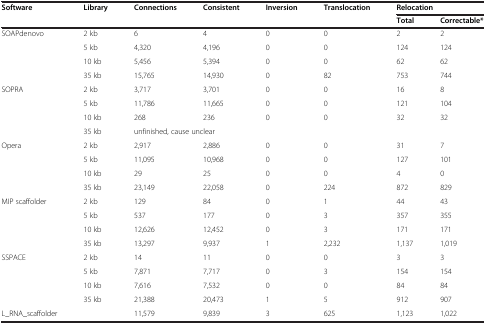
<table><thead><tr><td rowspan="2"><b>Software</b></td><td rowspan="2"><b>Library</b></td><td rowspan="2"><b>Connections</b></td><td rowspan="2"><b>Consistent</b></td><td><b>Inversion</b></td><td><b>Translocation</b></td><td colspan="2"><b>Relocation</b></td></tr><tr><td><b> </b></td><td><b> </b></td><td><b>Total</b></td><td><b>Correctable*</b></td></tr></thead><tbody><tr><td rowspan="4">SOAPdenovo</td><td>2 kb</td><td>6</td><td>4</td><td>0</td><td>0</td><td>2</td><td>2</td></tr><tr><td>5 kb</td><td>4,320</td><td>4,196</td><td>0</td><td>0</td><td>124</td><td>124</td></tr><tr><td>10 kb</td><td>5,456</td><td>5,394</td><td>0</td><td>0</td><td>62</td><td>62</td></tr><tr><td>35 kb</td><td>15,765</td><td>14,930</td><td>0</td><td>82</td><td>753</td><td>744</td></tr><tr><td rowspan="4">SOPRA</td><td>2 kb</td><td>3,717</td><td>3,701</td><td>0</td><td>0</td><td>16</td><td>8</td></tr><tr><td>5 kb</td><td>11,786</td><td>11,665</td><td>0</td><td>0</td><td>121</td><td>104</td></tr><tr><td>10 kb</td><td>268</td><td>236</td><td>0</td><td>0</td><td>32</td><td>32</td></tr><tr><td>35 kb</td><td colspan="6">unfinished, cause unclear</td></tr><tr><td rowspan="4">Opera</td><td>2 kb</td><td>2,917</td><td>2,886</td><td>0</td><td>0</td><td>31</td><td>7</td></tr><tr><td>5 kb</td><td>11,095</td><td>10,968</td><td>0</td><td>0</td><td>127</td><td>101</td></tr><tr><td>10 kb</td><td>29</td><td>25</td><td>0</td><td>0</td><td>4</td><td>0</td></tr><tr><td>35 kb</td><td>23,149</td><td>22,058</td><td>0</td><td>224</td><td>872</td><td>829</td></tr><tr><td rowspan="4">MIP scaffolder</td><td>2 kb</td><td>129</td><td>84</td><td>0</td><td>1</td><td>44</td><td>43</td></tr><tr><td>5 kb</td><td>537</td><td>177</td><td>0</td><td>3</td><td>357</td><td>355</td></tr><tr><td>10 kb</td><td>12,626</td><td>12,452</td><td>0</td><td>3</td><td>171</td><td>171</td></tr><tr><td>35 kb</td><td>13,297</td><td>9,937</td><td>1</td><td>2,232</td><td>1,137</td><td>1,019</td></tr><tr><td rowspan="4">SSPACE</td><td>2 kb</td><td>14</td><td>11</td><td>0</td><td>0</td><td>3</td><td>3</td></tr><tr><td>5 kb</td><td>7,871</td><td>7,717</td><td>0</td><td>3</td><td>154</td><td>154</td></tr><tr><td>10 kb</td><td>7,616</td><td>7,532</td><td>0</td><td>0</td><td>84</td><td>84</td></tr><tr><td>35 kb</td><td>21,388</td><td>20,473</td><td>1</td><td>5</td><td>912</td><td>907</td></tr><tr><td>L_RNA_scaffolder</td><td> </td><td>11,579</td><td>9,839</td><td>3</td><td>625</td><td>1,123</td><td>1,022</td></tr></tbody></table>